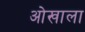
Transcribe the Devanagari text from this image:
ओखाला